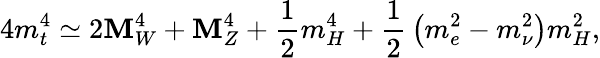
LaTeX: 4m_{t}^{4}\simeq2\mathbf{M}_{W}^{4}+\mathbf{M}_{Z}^{4}+{\frac{{1}}{{2}}}m_{H}^{4}+{\frac{{1}}{{2}}}\left(m_{e}^{2}-m_{\nu}^{2}\right)m_{H}^{2},